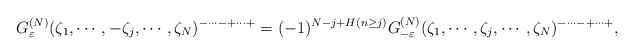
\begin{align*}G^{(N)}_{\varepsilon}(\zeta_1,\cdots,-\zeta_j,\cdots,\zeta_N)^{-\cdots-+\cdots+}=(-1)^{N-j+H(n\ge j)}G^{(N)}_{-\varepsilon}(\zeta_1,\cdots,\zeta_j,\cdots,\zeta_N)^{-\cdots-+\cdots+},\end{align*}